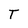
Character: T